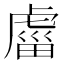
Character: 𧇄